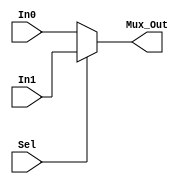
`timescale 1ns / 1ps
//////////////////////////////////////////////////////////////////////////////////
// Company: 
// Engineer: 
// 
// Design Name: 
// Module Name:    MUX_2_to_1 
// Project Name: 
// Target Devices: 
// Tool versions: 
// Description: 
//
// Dependencies: 
//
// Revision: 
// Revision 0.01 - File Created
// Additional Comments: 
//
//////////////////////////////////////////////////////////////////////////////////
module MUX_2_to_1(
    input wire [31:0] In0, In1,
	 input wire Sel,
    output wire [31:0] Mux_Out
    );
	 
	 assign Mux_Out = (Sel == 1'b0)? In0:
	                  (Sel == 1'b1)? In1:
					      11'bx; //unknown Sel

endmodule